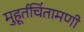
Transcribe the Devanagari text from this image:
मुहूर्तचिंतामणी